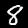
Digit: 8